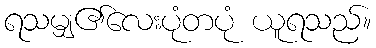
ရသမျှ၏လေးပုံတပုံ ယူရသည်။